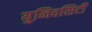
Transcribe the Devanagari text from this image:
युनिवसिर्टी